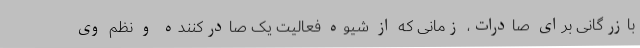
بازرگانی برای صادرات، زمانی که از شیوه فعالیت یک صادرکننده و نظم وی